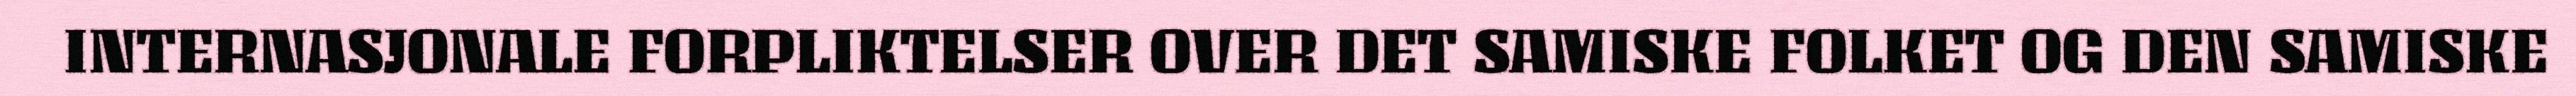
INTERNASJONALE FORPLIKTELSER OVER DET SAMISKE FOLKET OG DEN SAMISKE